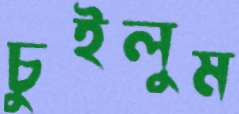
চুইলুম